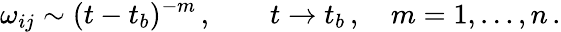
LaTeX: \omega_{ij}\sim(t-t_{b})^{-m}\, ,\qquad t\to t_{b}\, ,\quad m=1,\dots,n\, .